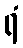
ရံ